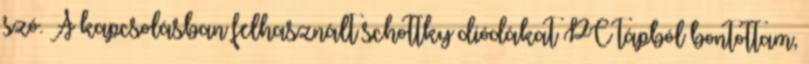
szó. A kapcsolásban felhasznált schottky diódákat PC tápból bontottam,